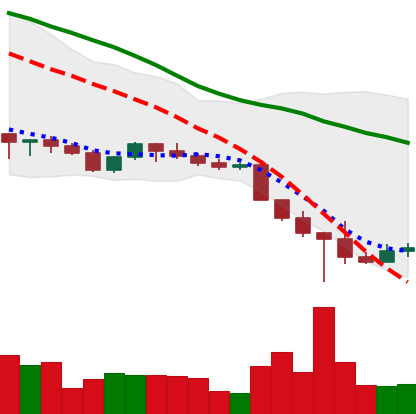
Ticker: ADA-USD
Chart end date: 2022-10-17
Forward return: -5.623%
Label: down_5_7